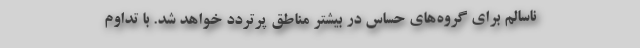
ناسالم برای گروه‌های حساس در بیشتر مناطق پرتردد خواهد شد. با تداوم